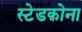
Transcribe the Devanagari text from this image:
स्टेडकोना